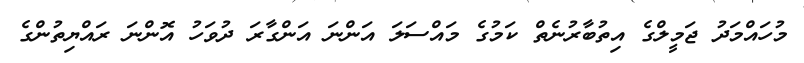
މުހައްމަދު ޖަމީލްގެ އިތުބާރުނެތް ކަމުގެ މައްސަލަ އަންނަ އަންގާރަ ދުވަހު އޮންނަ ރައްޔިތުންގެ